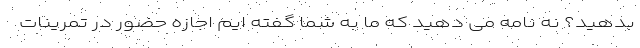
بدهید؟ نه نامه می دهید که ما به شما گفته ایم اجازه حضور در تمرینات